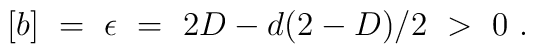
[b]\ =\ \epsilon\ =\ 2D-d(2-D)/2\ >\ 0\ .